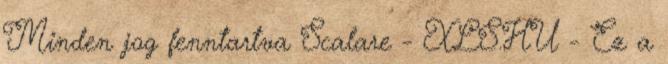
Minden jog fenntartva Scalare - XLS.HU - Ez a